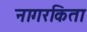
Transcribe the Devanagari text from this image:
नागरकिता